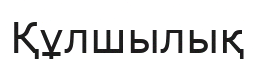
Құлшылық